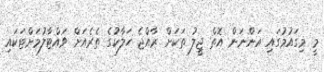
މީ މިގައުމުގައި އަންނަން އޮތް ޖީލު ތަކަށް ރާއްޖެ ހަލާކުގެ ތެރެއަށް ވައްޓާލުމަށްޓަކައި